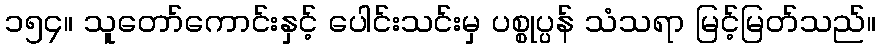
၁၅၄။ သူတော်ကောင်းနှင့် ပေါင်းသင်းမှ ပစ္စုပ္ပန် သံသရာ မြင့်မြတ်သည်။